Vaccine operations Central Provinces 1868-1885 - 1868-1885
Year: 1868
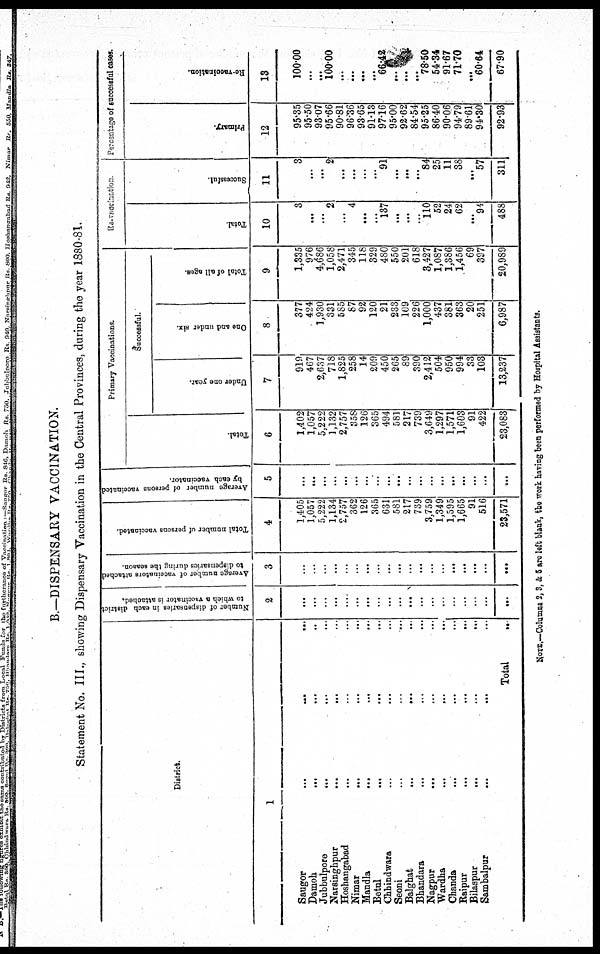
B.—DISPENSARY VACCINATION.
Statement No. III., showing Dispensary Vaccination in the Central Provinces, during the year 1880-81.
District.
1
Saugor ... ... ...
Damoh
... ... ...
Jubbulpore
... ... ...
Narsinghpur
...
... ...
Hoshangabad ... ... ...
Nimar
... ... ...
Mandla
... ... ...
Betul
... ... ...
Chhindwara ... ... ...
Seoni ... ... ...
Balghat
...
... ...
Bhandara ... ... ...
Nagpur ... ... ...
Wardha ... ... ...
Chanda ... ... ...
Raipur ... ... ...
Bilaspur
...
...
...
Sambalpur
...
... ...
Total ...
Number of dispensaries in each district
to which a vaccinator is attached.
2
...
...
...
...
...
...
...
...
...
...
...
...
...
...
...
...
...
...
...
Average number of vaccinators attached
to dispensaries during the season.
3
...
...
...
...
...
...
...
...
...
...
...
...
...
...
...
...
...
...
...
Total number of persons vaccinated.
4
1,405
1,057
5,222
1,134
2,757
362
126
365
631
581
217
739
3,759
1,349
1,595
1,665
91
516
23,571
Average number of persons vaccinated
by each vaccinator.
5
...
...
...
...
...
...
...
...
...
...
...
...
...
...
...
...
...
...
...
Primary Vaccinations.
Total.
6
1,402
1,057
5,222
1,132
2,757
358
126
365
494
581
217
739
3,649
1,297
1,571
1,603
91
422
23,083
Successful.
Under one year.
7
919
467
2,637
718
1,825
258
14
209
450
265
89
390
2,412
504
950
994
33
103
13,237
One and under six.
8
377
424
1,930
331
585
87
92
120
21
233
109
226
1,000
437
381
363
20
251
6,987
Total of all ages.
9
1,335
976
4,686
1,058
2,471
345
118
329
480
550
201
618
3,427
1,087
1,386
1,456
69
397
20,989
Re-Vaccination.
Total.
10
3
...
...
2
...
4
...
...
137
...
...
...
110
52
24
62
...
94
488
Successful.
11
3
...
...
2
...
...
...
...
91
...
...
...
84
25
11
38
...
57
311
Percentage of successful cases.
Primary.
12
95.35
95.50
93.07
95.66
90.81
96.36
93.65
91.13
97.16
95.00
92.62
84.54
95.25
86.40
90.06
94.79
89.61
94.30
92.93
Re-vaccination.
13
100.00
...
...
100.00
...
...
...
...
66.42
...
...
...
78.50
54.34
91.67
71.70
...
60.64
67.90
NOTE.—Columns 2,3, & 5 are left blank, the work having been performed by Hospital Assistants.